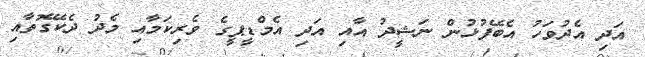
އަދި އެދުވަހު އެބޭފުޅުން ނަޝީދު އާއި އަދި އެމްޑީޕީގެ ވެރިކަމާއި މެދު ދެކޭގޮތާއި